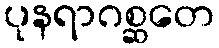
ပုနရာဂစ္ဆတေ